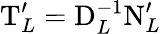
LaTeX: \mathrm{T}_{L}^{\prime}=\mathrm{D}_{L}^{-1}\mathrm{N}_{L}^{\prime}